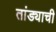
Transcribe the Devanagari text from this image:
तांड्याची